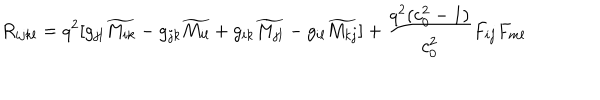
R _ { i j k l } = q ^ { 2 } [ g _ { j l } \widetilde { M _ { i k } } - g _ { j k } \widetilde { M _ { i l } } + g _ { i k } \widetilde { M _ { j l } } - g _ { i l } \widetilde { M _ { k j } } ] + { \frac { q ^ { 2 } ( c _ { 0 } ^ { 2 } - 1 ) } { c _ { 0 } ^ { 2 } } } F _ { i j } F _ { m l }